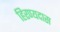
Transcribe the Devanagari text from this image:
हिरण्यदास